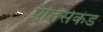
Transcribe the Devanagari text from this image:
प्रतिसेकंड